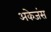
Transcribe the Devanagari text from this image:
अकेजंस